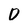
Character: D